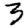
Digit: 3